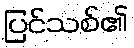
ပြင်သစ်၏